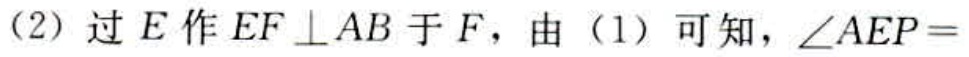
（2）过\(E\)作\(EF \perp AB\)于\(F\)，由（1）可知，\(\angle AEP =\)